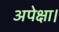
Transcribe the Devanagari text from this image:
अपेक्षा।